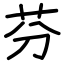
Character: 芬